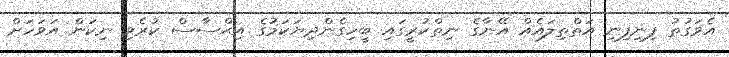
އެވަގުތު ފިނިފިނި އަތްތިލައެއް އޭނާގެ ނިތްކުރީގައި ބީހިގެންދިޔަކަމުގެ އިޙްސާސް ކުރެވި ނިކަން އަވަހަށް